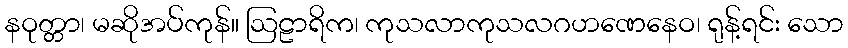
နဝုတ္တာ၊ မဆိုအပ်ကုန်။ ဩဠာရိက၊ ကုသလာကုသလဂဟဏေနေဝ၊ ရုန့်ရင်း သော